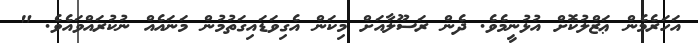
އަހަރެމެން ޢަޒްލުކޮށް އުޅުނީމެވެ. ދެން ރަސޫލާއަށް މިކަން އެގިވަޑައިގަތުމުން މަނައެއް ނުކުރައްވައެވެ. "